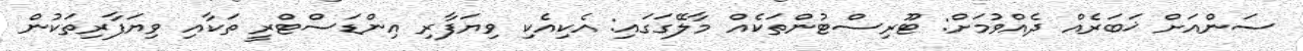
ސަންއަށް ޚަބަރެއް ދެއްވުމަށް: ޓޫރިސްޓުންތަކެއް މާލޭގަގައި: އެކިއެކި ވިޔަފާރި އިންޑަސްޓްރީ ތަކާއި ވިޔަފާރިތަކުން